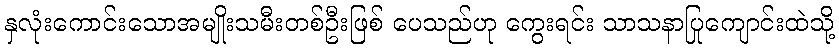
နှလုံးကောင်းသောအမျိုးသမီးတစ်ဦးဖြစ် ပေသည်ဟု ကွေးရင်း သာသနာပြုကျောင်းထဲသို့